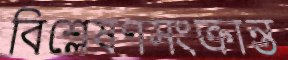
বিশ্লেষণসংক্রান্ত